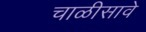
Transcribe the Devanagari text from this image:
चाळीसावे